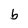
Character: b